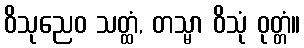
ဝိသုညေဝ သတ္ထံ, တသ္မာ ဝိသုံ ဝုတ္တံ။